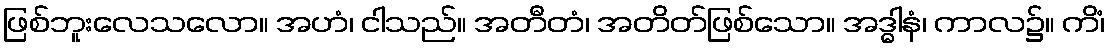
ဖြစ်ဘူးလေသလော။ အဟံ၊ ငါသည်။ အတီတံ၊ အတိတ်ဖြစ်သော။ အဒ္ဓါနံ၊ ကာလ၌။ ကိံ၊